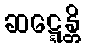
ဆဋ္ဋေန္တိ